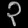
Digit: ၃